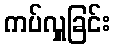
ကပ်လှူခြင်း